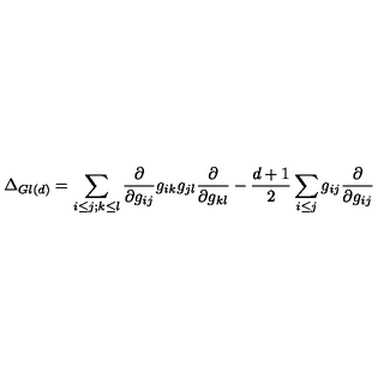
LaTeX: \Delta _ { G l ( d ) } = \sum _ { i \leq j ; k \leq l } \frac { \partial } { \partial g _ { i j } } g _ { i k } g _ { j l } \frac { \partial } { \partial g _ { k l } } - \frac { d + 1 } { 2 } \sum _ { i \leq j } g _ { i j } \frac { \partial } { \partial g _ { i j } }